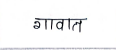
मजकूर: गावात